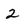
Character: 2